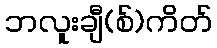
ဘလူးချီ(စ်)ကိတ်